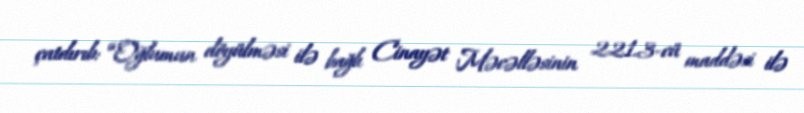
çatdırıb: “Oğlumun döyülməsi ilə bağlı Cinayət Məcəlləsinin 221.3-cü maddəsi ilə